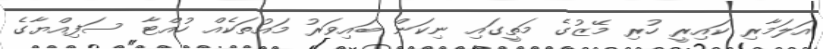
އަލަމާރި ކައިރީ ހުރި މޭޒުގެ މަތީގައި ނިކަން ބައިވަރު މައުތަކެއް ހުއްޓާ ސަފިއްޔާގެ